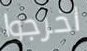
اخرجوا